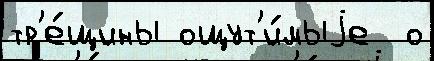
тр'е́щины ощут'и́мыjе  о